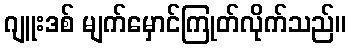
ဂျူးဒစ် မျက်မှောင်ကြုတ်လိုက်သည်။